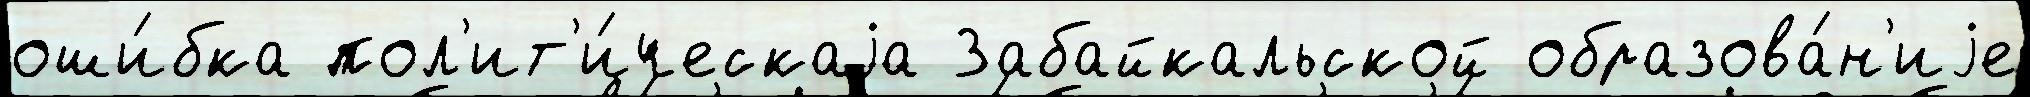
оши́бка пол'ит'и́ческаjа Забайкальской образова́н'иjе